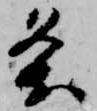
条